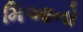
મિઆનો